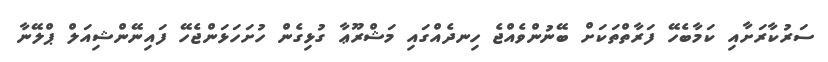
ސަރުކާރަށާއި ކަމާބެހޭ ފަރާތްތަކަށް ބޭނުންވެއްޖެ ހިނދެއްގައި މަޝްރޫޢާ ގުޅިގެން ހުށަހަޅަންޖެހޭ ފައިނޭންޝިއަލް ޕްލޭނާ